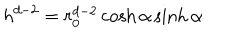
LaTeX: h ^ { d - 2 } = r _ { 0 } ^ { d - 2 } \cosh \alpha \sinh \alpha